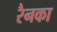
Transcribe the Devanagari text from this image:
रैनका